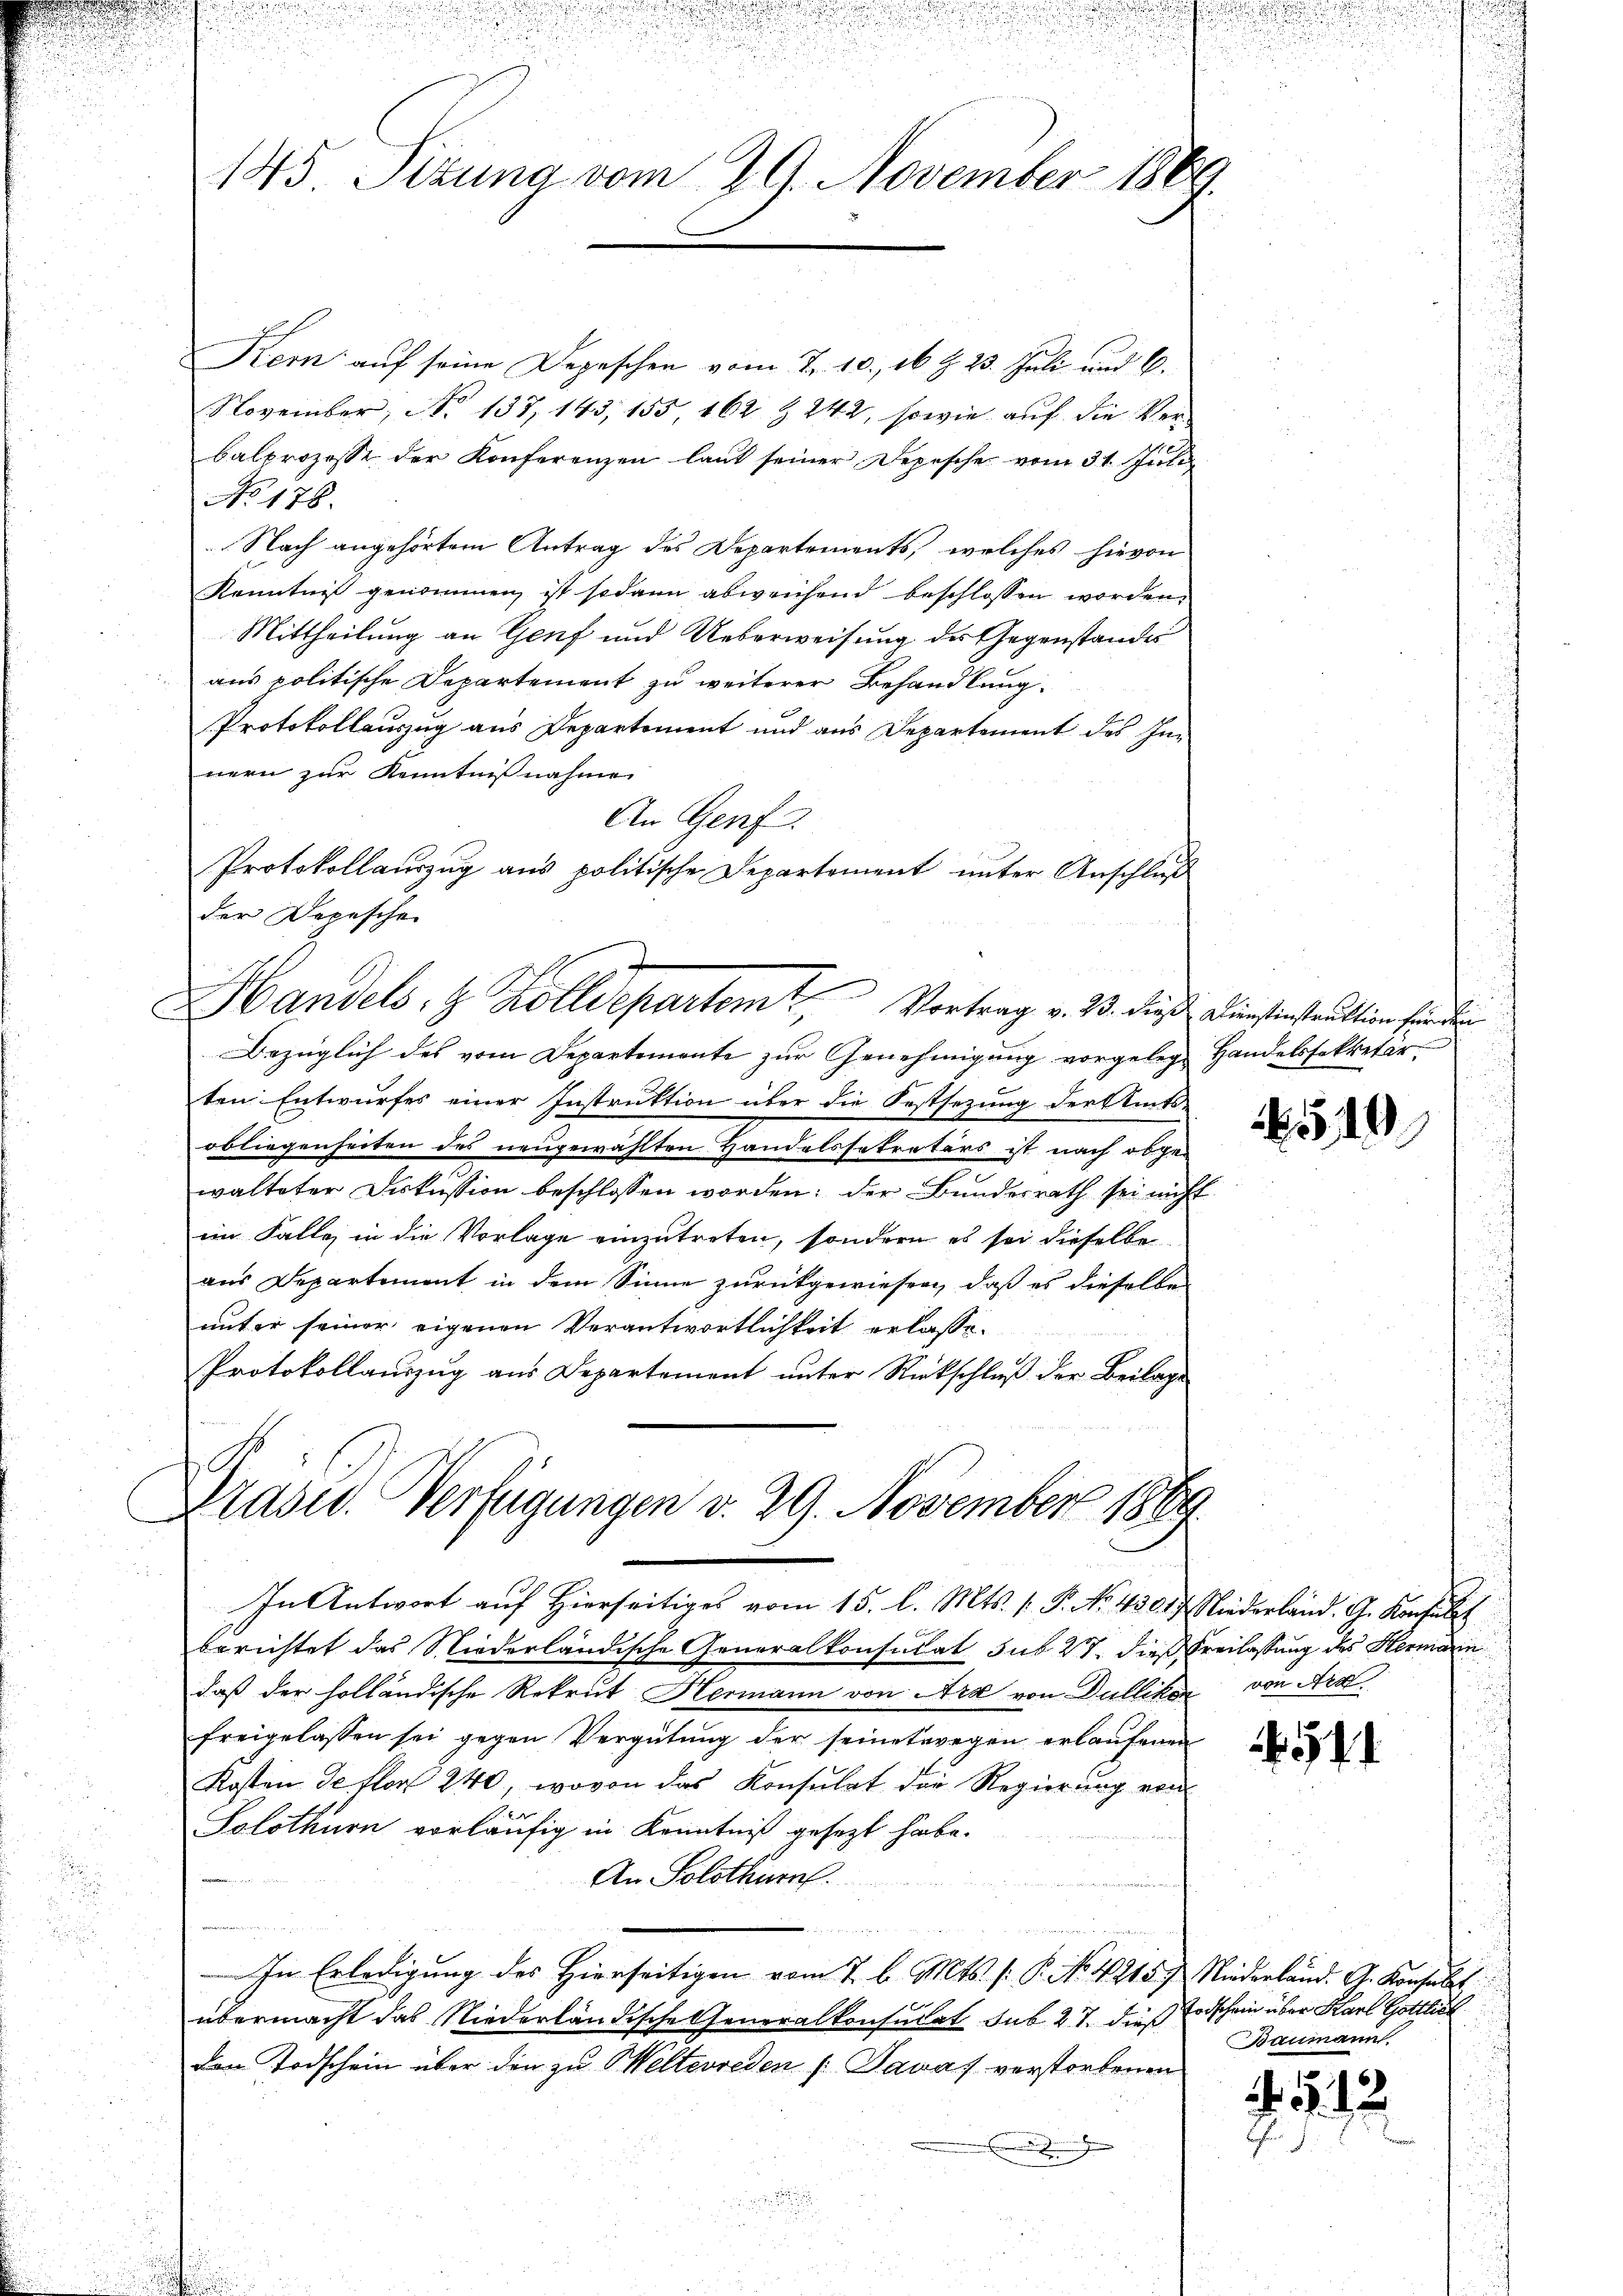
145. Sitzung vom 29. November 1869.

Präsid. Verfügungen v. 29. November 1889

Kern auf seine Depeschen vom 7. 10. 16 t 23. Juli und C.
November, No 137, 143, 155 162 Z. 242, sowie auf die Verbalprozesse der Konferenzen laut seiner Depesche vom 31. Juli
No 178.
Nach angehörtem Antrag des Departements, welches hievon
Kenntniß genommen ist sodann abweichend beschlossen worden,
Mittheilung an Genf und Ueberweisung des Gegenstandes
aus politische Departement zu weiterer Behandlung.
Protokollauszug aus Departement und aus Departement des Innern zur Kenntnißnahme
An Genf
Protokollauszug aus politische Departement unter Anschluß
der Depeschen
Handels- & Zolldepartem Vortrag v. 23. dies Dienstinstruktion finden
Bezüglich des vom Departemente zŭr Genehmigŭng vorgeleg handelssekretär.
c
ten Entwurfes einer Instruktion über die Festsezung der Amts-
obliegenheiten des neugewählten Handelsstreters ist nach abgewalteter Deckussion beschlossen worden; der Bundesrath sei nicht
im Falle, in die Vorlage einzutreten, sondern es sei dieselbe
aus Departement in dem Sinne zurückgewiesen, daß es dieselben
unter seiner eigenen Verantwortlichkeit erlasse.
Protokollauszug aus Departement unter Rückschluß der Beilage

In Antwort auf Hierseitiges vom 15. l. Mts. [P. No. 43017 Niederland. G. Konsult
berichtet das Niederländische Generalkonsulat sub 27. dieß Freilassung des Hermarin
daß der holländische Rekrut Hermann von Ara von Dullikon von Ara
freigelassen sei gegen Vergütung der seinetwegen erlaufenen
Kosten de flor 240, wovon das Konsulat der Regierŭng von
Solothurn vorläufig in Kenntniß gesezt habe.
An Solothurn

In Erledigung des Hierseitigen vom 7 l. Mts. f. P. No. 4215. Niederland. A. Konsabet
übermacht das Niederländische Generalkonsulat sub 27. dies Erdschein über Karl Gottlich
Der Todschein über den zu Welterreden /: Javas verstorbenen
d

519

5

Baumann

5. 12
h